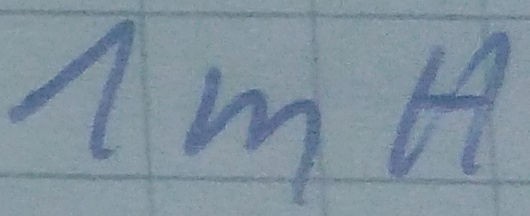
Text: 1mH